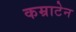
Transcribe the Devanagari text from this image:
कम्राटेन